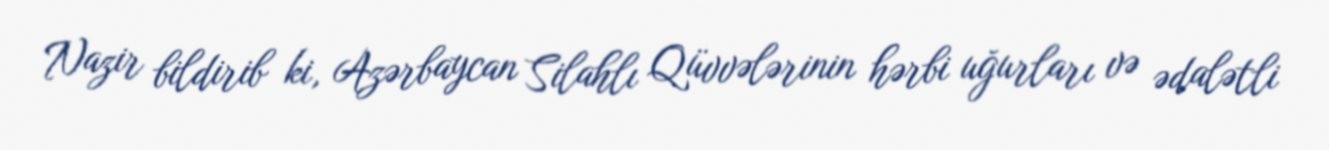
Nazir bildirib ki, Azərbaycan Silahlı Qüvvələrinin hərbi uğurları və ədalətli